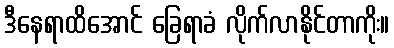
ဒီနေရာထိအောင် ခြေရာခံ လိုက်လာနိုင်တာကိုး။